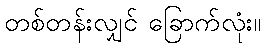
တစ်တန်းလျှင် ခြောက်လုံး။